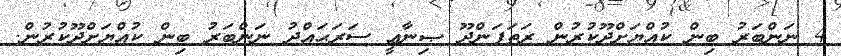
4 ނަންބަރު ބިން ކުއްޔަށްދޫކުރުން ރަތަފަންދޫ ޞިނާޢީ ސަރަޙައްދު ނަންބަރު ބިން ކުއްޔަށްދޫކުރުން.